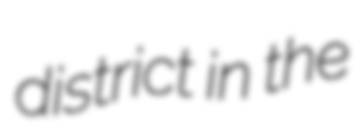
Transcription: district in the